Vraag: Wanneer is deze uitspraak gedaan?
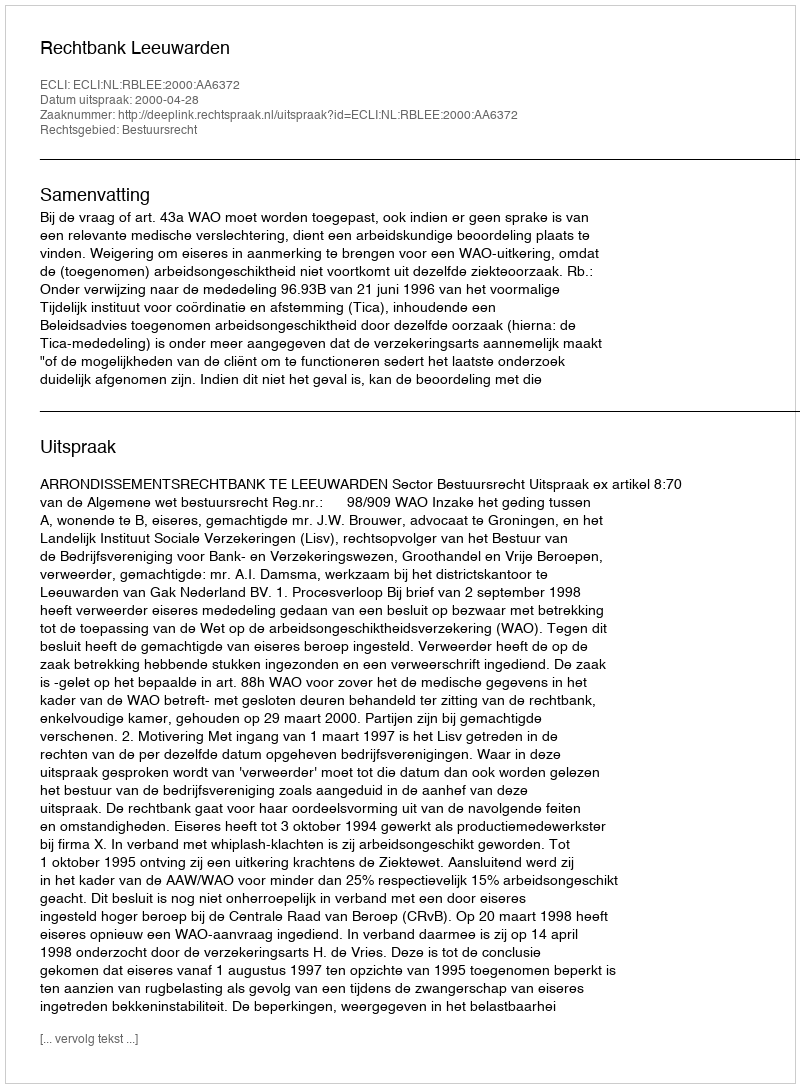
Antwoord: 2000-04-28